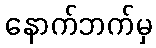
နောက်ဘက်မှ